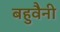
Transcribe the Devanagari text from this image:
बहुवैनी